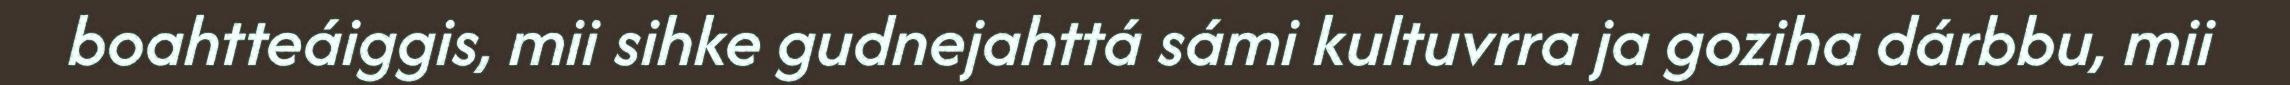
boahtteáiggis, mii sihke gudnejahttá sámi kultuvrra ja goziha dárbbu, mii